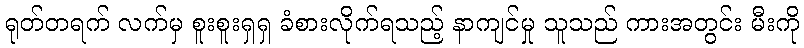
ရုတ်တရက် လက်မှ စူးစူးရှရှ ခံစားလိုက်ရသည့် နာကျင်မှု သူသည် ကားအတွင်း မီးကို